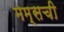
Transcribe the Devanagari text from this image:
मम्सची